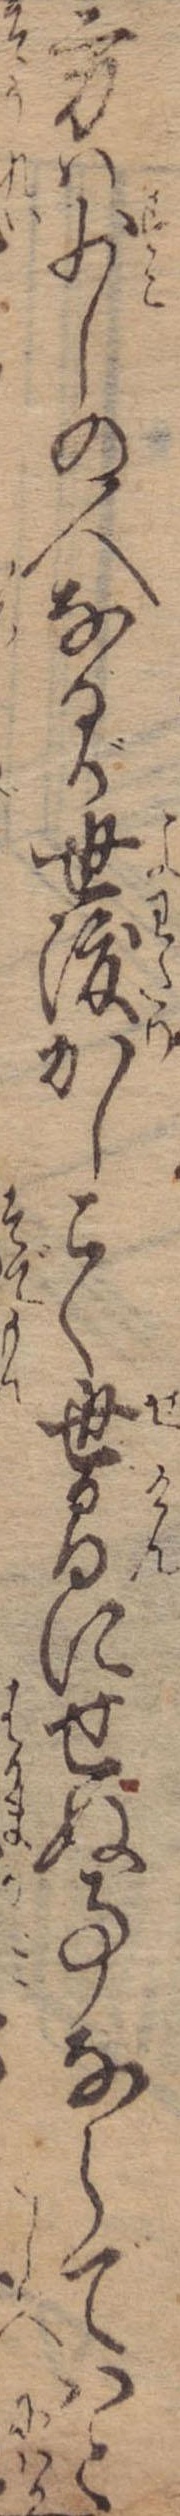
方は少しの人なるが世渡かしこく世間にせぬ事ならではと